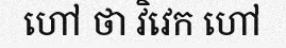
ហៅ ថា វិវេក ហៅ